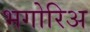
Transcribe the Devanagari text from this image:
भगोरिअ